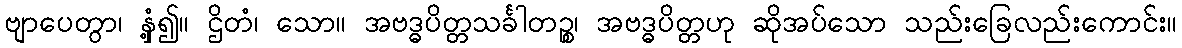
ဗျာပေတွာ၊ နှံ့၍။ ဌိတံ၊ သော။ အဗဒ္ဓပိတ္တသင်္ခါတဉ္စ၊ အဗဒ္ဓပိတ္တဟု ဆိုအပ်သော သည်းခြေလည်းကောင်း။